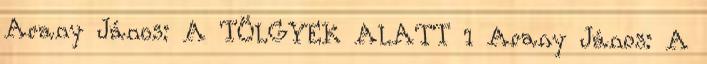
Arany János: A TÖLGYEK ALATT 1 Arany János: A